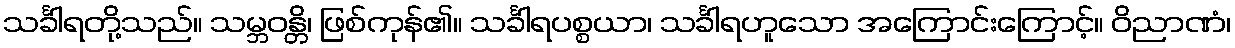
သင်္ခါရတို့သည်။ သမ္ဘဝန္တိ၊ ဖြစ်ကုန်၏။ သင်္ခါရပစ္စယာ၊ သင်္ခါရဟူသော အကြောင်းကြောင့်။ ဝိညာဏံ၊